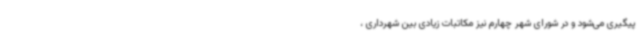
پیگیری می‌شود و در شورای شهر چهارم نیز مکاتبات زیادی بین شهرداری ،